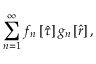
\sum _ { n = 1 } ^ { \infty } f _ { n } \left[ \hat { \tau } \right] g _ { n } \left[ \hat { r } \right] ,